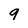
Character: 9